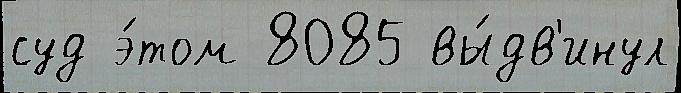
суд э́том 8085 вы́дв'инул